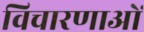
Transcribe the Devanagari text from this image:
विचारणाओं